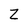
Character: Z